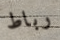
رباط